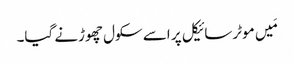
مَیں موٹرسائیکل پر اسے سکول چھوڑنے گیا۔